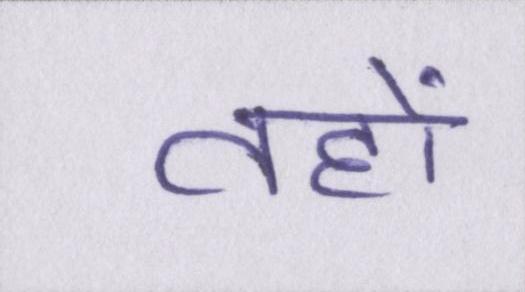
तहों